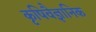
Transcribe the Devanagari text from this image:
कृषिवैज्ञानिक